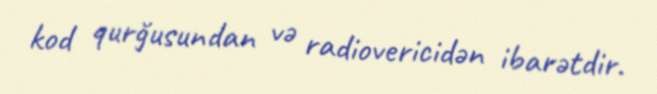
kod qurğusundan və radiovericidən ibarətdir.